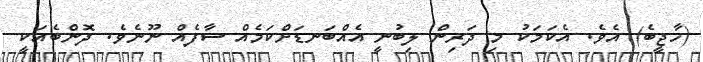
(ހާޖީބެ) އެވެ. އެކަމަކު މި ދަރިން ލިބުނީ އެއްބަނޑަށްކަމެއް ސާފެއް ނޫނެވެ. ދޮންބެއަކީ